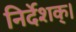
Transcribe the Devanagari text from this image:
निर्देशक्।